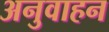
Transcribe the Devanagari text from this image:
अनुवाहन